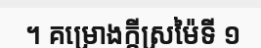
។ គម្រោងក្តីស្រម៉ៃទី ១